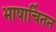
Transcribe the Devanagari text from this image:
भाषाचिंतन